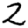
Digit: 2